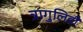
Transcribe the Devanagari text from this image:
त्रागुलिडी